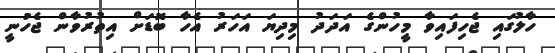
ހާލުގައި ޖެހިފައިވާ މީހުންގެ އަދަދު މިދިޔަ އަހަރު އެހާ ބޮޑަށް އިތުރުވާން ޖެހުނީ